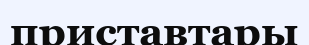
приставтары